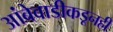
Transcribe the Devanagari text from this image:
आंबेवाडीकडूनही